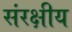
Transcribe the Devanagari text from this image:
संरक्षीय